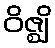
ဝိဇ္ဈိ